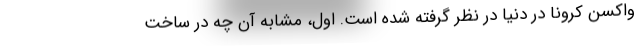
واکسن کرونا در دنیا در نظر گرفته شده است. اول، مشابه آن چه در ساخت